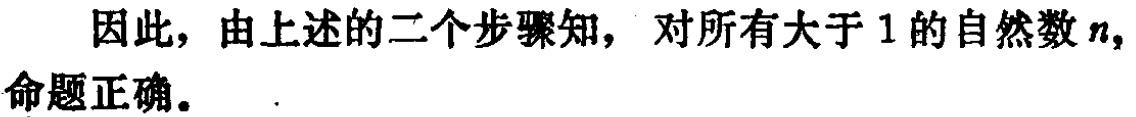
因此，由上述的二个步骤知，对所有大于 \(1\) 的自然数 \(n\)，命题正确。